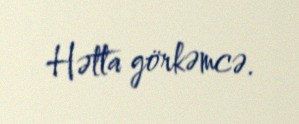
Hətta görkəmcə.